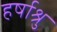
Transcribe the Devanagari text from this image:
हर्षाश्रु